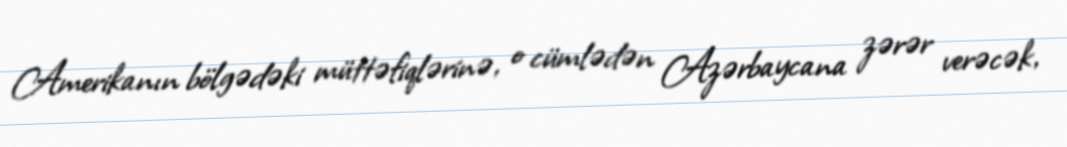
Amerikanın bölgədəki müttəfiqlərinə, o cümlədən Azərbaycana zərər verəcək,